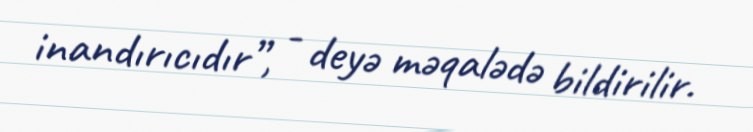
inandırıcıdır”, - deyə məqalədə bildirilir.